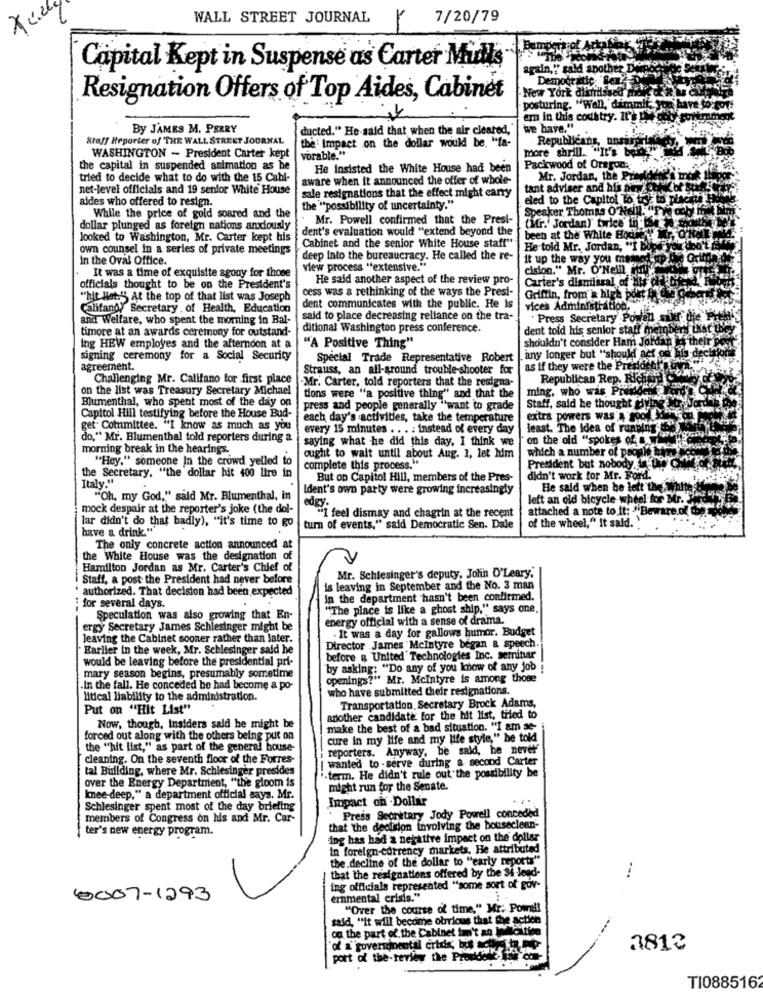
WALL STREET JOURNAL
Y 7/20/79
Bamble
Capital Kept in Suspense as Carter Midts
again," gald another Dei
New York dismissed m
Democratic Self-
Resignation Offers of Top Aides, Cabinet
posturing. "Wall, dimmif;
ern in this cochtry. It's
By JAMES M. PERRY
ducted." He-said that when the air cleared," we have."
Staff Reporter of THE WALL STREET JOURNAL
the : Impact on the dollar would be. "ta-
Republicans, unsire
more shrill. "It's EN
WASHINGTON - President Carter kept
vorable."
Packwood of Oregon:"
the capital in suspended animation as he
He Insisted the White House had been
tried to decide what to do with the 15 Cabl-
aware when it announced the offer of whole-
Mr. Jordan, the Pran
net-level officials and 19 senior White House
tant adviser and his new celik
aides who offered to resign.
sale resignations that the effect might carry
eled to the Capitol To try to phachtd
the "possibility of uncertainty."
Speaker Thomas O'Nelll. "The dobyi ffs
While the price of gold soared and the
Mr. Powell confirmed that the Presi-
dollar plunged as foreign nations andously
dent's evaluation would "extend beyond the
(Mr. Jordan) twice in L&
looked to Washington, Mr. Carter kept his
been at the White Bodie r, One
own counsel in a series of private meetings
Cabinet and the senior White House staff"
He told Mr. Jordan, "I bord you
in the Oval Office.
deep into the bureaucracy. He called the re-
It up the way you memed up de Golfda
view process "extensive."
cision." Mr. O'Nein Pu0"
It was a time of exquisite agony for those
He said another aspect of the review pro-
Carter's dismissal of The du py
officials thought to be on the President's
cess was & rethinking of the ways the Presi-
"hit Het."" At the top of that list was Joseph
Griffin, from a high point
Califano) Secretary . of Health, Education
dent communicates with the public. He is
vices Administration.
and Welfare, who spent the morning in Bal-
said to place decreasing reliance on the tra-
. Press Secretary Powen suer die
timore at an awards ceremony for outstand-
ditional Washington press conference.
dent told his senior staff meinb
shouldn't consider Ham Jordan
ing HEW employes and the afternoon at a
"A Positive Thing"
signing ceremony for a Social Security
Special Trade Representative Robert
any longer but "should act on his de
agreement.
Strauss, an all-around trouble-shooter for
as If they were the President
Challenging Mr. Califano for first place
Republican Rep. Richard COWH
on the list was Treasury Secretary Michael
-Mr. Carter, told reporters that the resigna-
ming, who was Prendefk
Blumenthal, who spent most of the day on
tions were "a positive thing" and that the
press and people generally \'want to grade
Staff, said he thought giving
Capitol Hill testifying before the House Bud-
each day's activities, take the temperature
extra powers was a Fool Have
get- Committee. "I know as much as you
every 15 minutes . . . . instead of every day
least. The Idea of running
do," Mr. Blumenthal told reporters during a
saying what he did this day, I think we
on the old "spokes of
morning break in the hearings.
which a number of people
"Hey," someone In the crowd yelled to
ought to wait until about Aug. 1, let him
President but nobody. twee
complete this process."
Italy."
the Secretary, "the dollar hit 400 lire in
But on Capitol Hill, members of the Pres-
didn't work for Mr. Ford.
Ident's own party were growing increasingly
He said when he left thech
"Oh, my God," said Mr. Blumenthal, in
edgy.
left an old bicycle wheel for Mr.
mock despair at the reporter's joke (the dol-
attached a note to it: "Beware
lar didn't do that badly), "it's time to go
"I feel dismay and chagrin at the recent
of the wheel," It said. "
have a drink."'
turn of events," said Democratic Sen. Dale
The only concrete action announced at
the White House was the designation of
Hamilton Jordan as Mr. Carter's Chief of
Staff, a post the President had never before
Mr. Schlesinger's deputy, John D'Leary,
' authorized. That decision had been expected
is leaving in September and the No. 3 man
in the department hasn't been confirmed.
: for several days.
"The place is like a ghost ship," says one,
Speculation was also growing that En-
energy official with a sense of drama.
ergy Secretary James Schlesinger might be
leaving the Cabinet sooner rather than later.
. It was a day for gallows humor. Budget
Earlier in the week, Mr. Schlesinger said he
Director James Mcintyre began a speech
would be leaving before the presidential pri-
before a United' Technologies Inc. seminar
by asking: "Do any of you know of any job
mary season begins, presumably sometime
openings?" Mr. Mcintyre is among those
.In the fall. He conceded he had become a po-
who have submitted their resignations.
litical liability to the administration.
Put on "Hit List"
Transportation, Secretary Brock Adams,
another candidate for the hit list, tiled to
Now, though, insiders said he might be
make the best of a bad situation. "I am se-
forced out along with the others being put on
cure in my life and my life style," he told
the "hit list," as part of the general house-
reporters. Anyway, be sald, he never'
cleaning. On the seventh floor of the Forres-
I wanted to -serve during a second Carter
tal Building, where Mr. Schlesinger presides
i-term. He didn't rule out"the possibility be
over the Energy Department, "the gloom is
might run for the Senate.
Imnee-deep," a department official says. Mr.
Impact on . Dollar
Schlesinger spent most of the day briefing
members of Congress on his and Mr. Car-
Press Secretary Jody Powell conceded
ter's new energy program.
that "the deafidon involving the houseclean-
ing has had a negative impact on the dollar
in foreign-currency markets, He attributed
the decline of the dollar to "early reports"
that the resignations offered by the 34 Jeed-
ing officials represented "some sort of gov-
0007 - 1293
ernmental crisis."
"Over the course of time," Mr. Powell
said, "it will become obvious that the action
on the part of the Cabinet to't an iwillcitice
"of a"governmental crisis; buste
3812
port of the-review the Prendere las
TI0885162